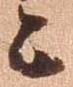
上